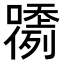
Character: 𡂲